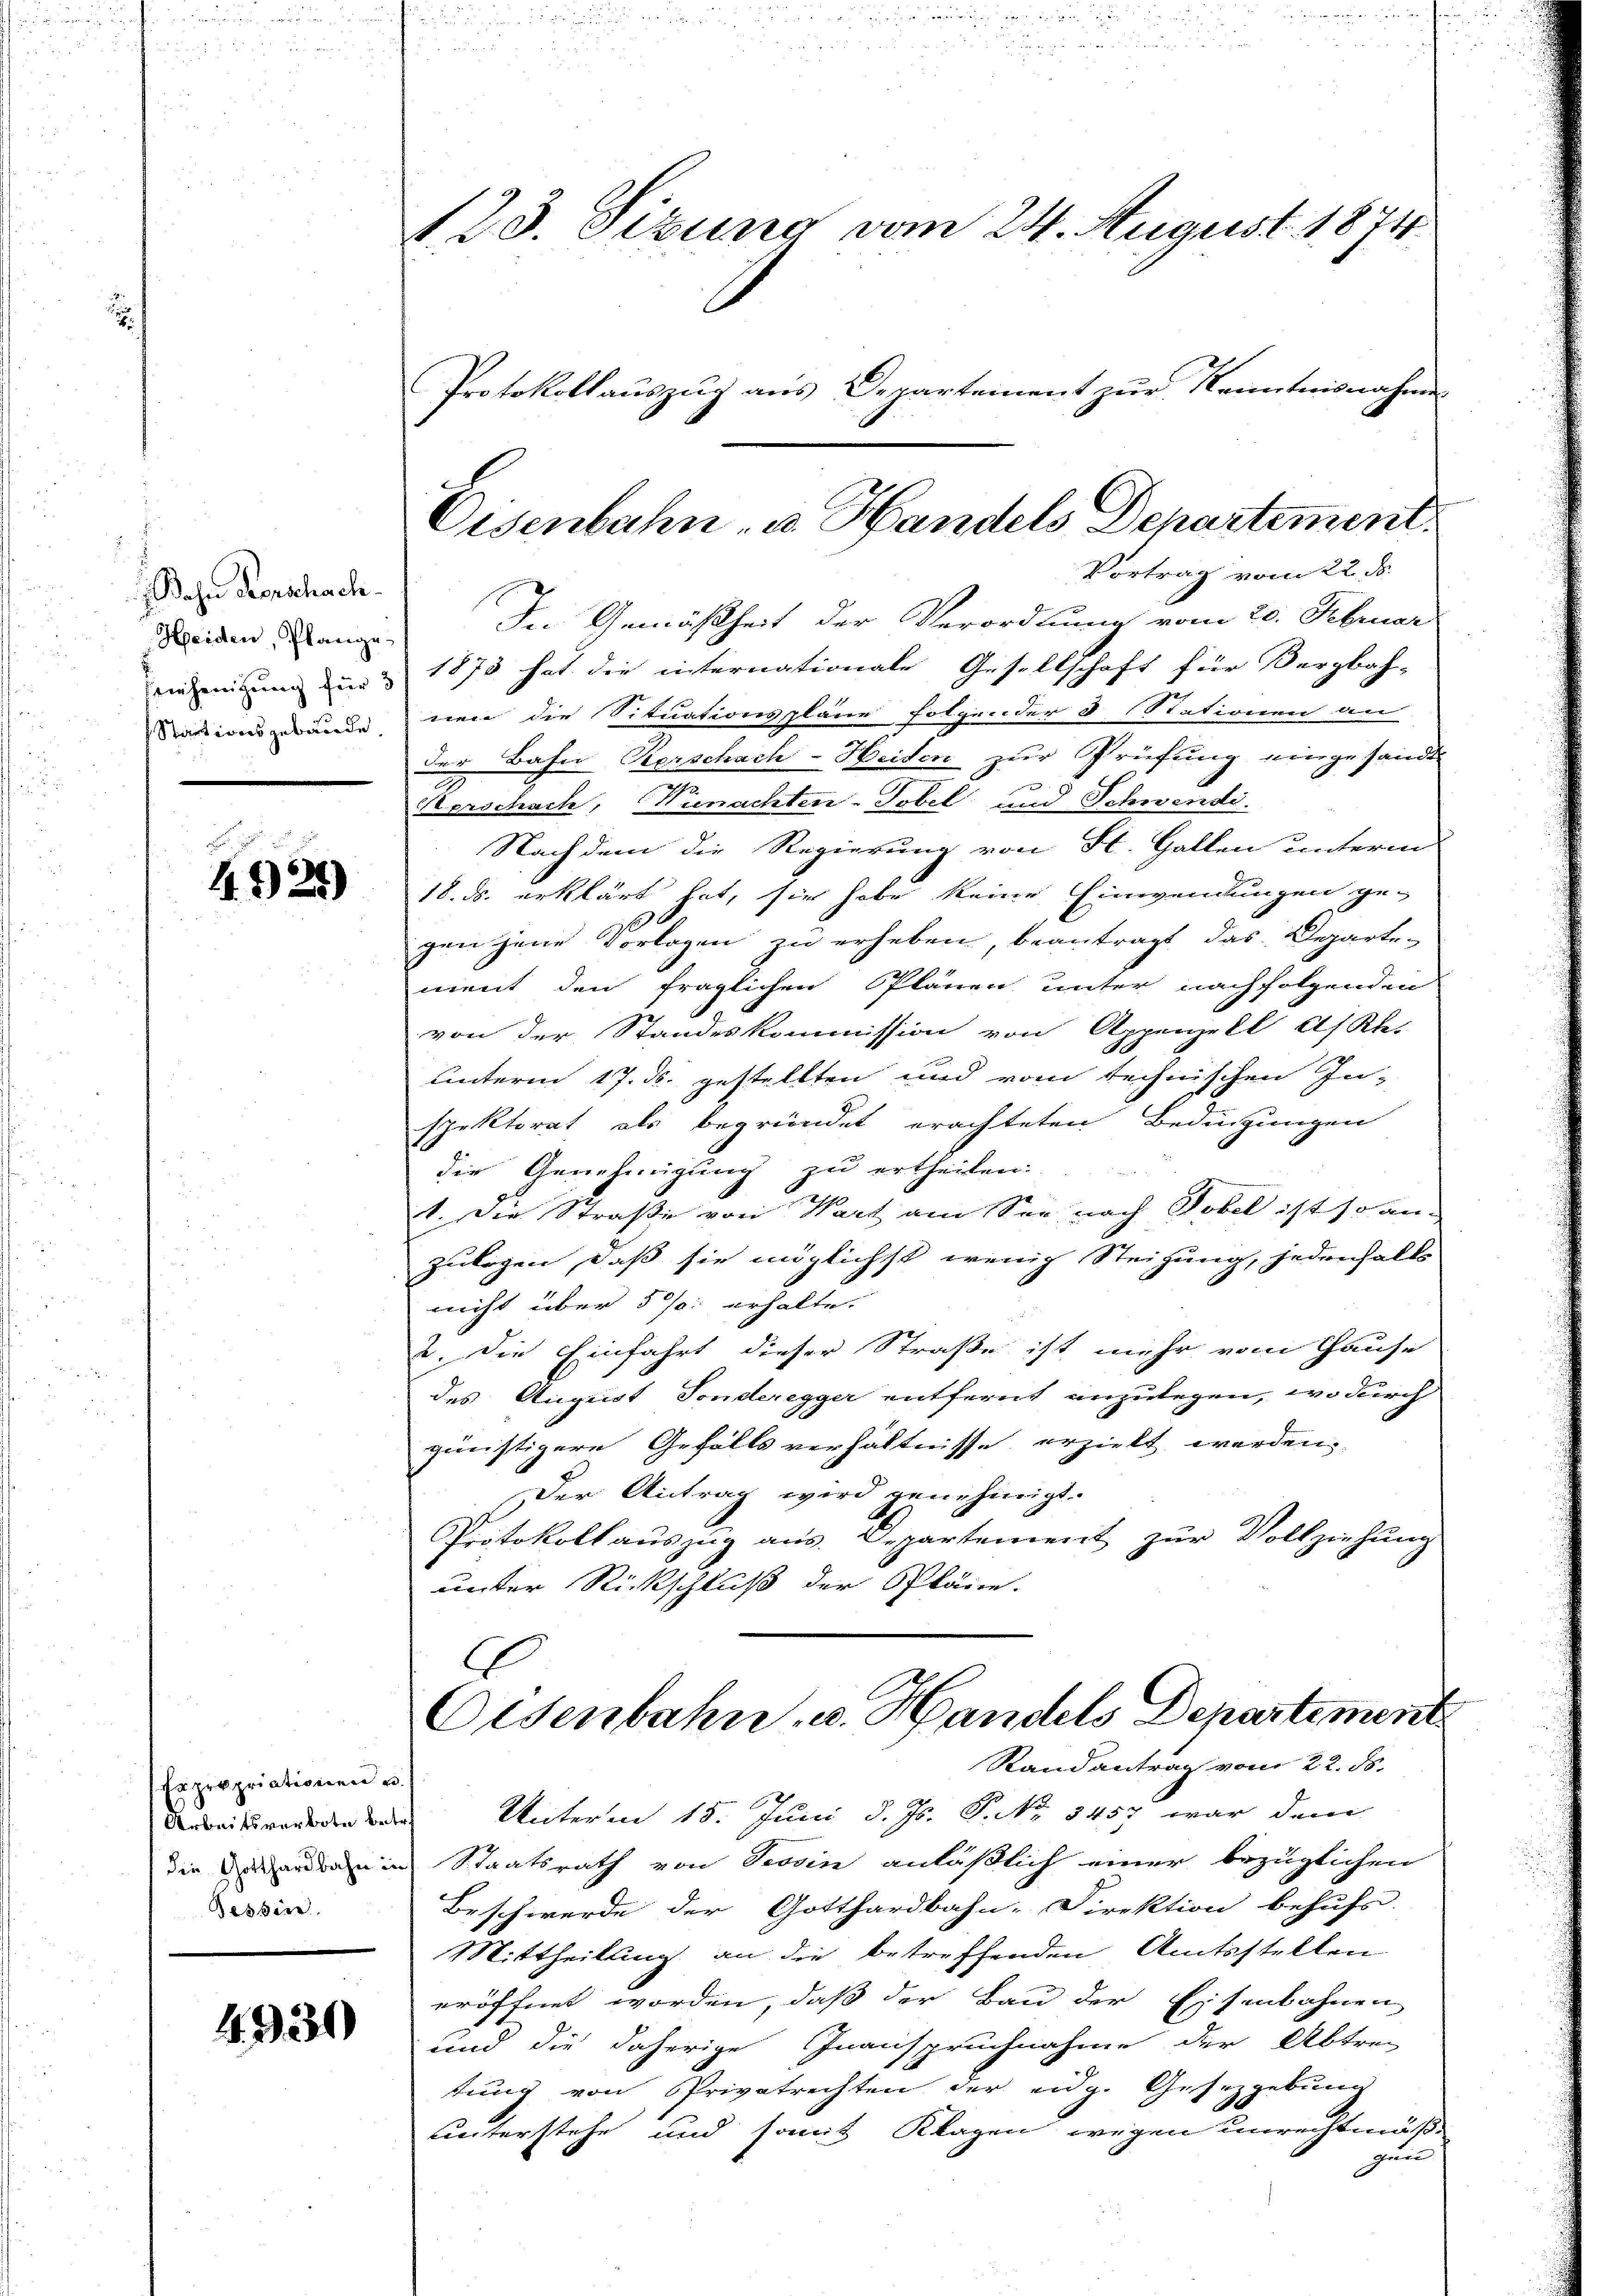
Bahn denschach.
Heiden, Plange
Feinhengung für 3
Startionsgebäude,

c
4925)

Expropriationen u.
Arbeitsverbote betre
die Gotthardbahn in
Tessin.

4. 330)

123. Sizung vom 24. August 1874.
Protokollauszug aus Departement zur Kenntnisnahme

Eisenbahn u. Handels Departement.

Vortrag vom 22. ds.
In Gemäßheit der Verordnung vom 20. Februar
1873 hat die internationale Gesellschaft für Vergbah-
nen die Situationspläne folgender 3 Stationen der
der Bahn Kerschach-Heiden zur Prüfung eingesandt.
n
Verschach, Wienachten-Tobel und Schwendi.
Nachdem die Regierung von St. Gallen unterm
18. ds. erklärt hat, sie habe keine Einwendungen ge-
gen jene Vorlagen zu erheben, beantragt das Departe-
ment den fraglichen Plänen unter nachfolgenden
von der Standeskommission von Appenzell Af Klei
Unterm 17. ds. gestellten und vom technischen In-
spektorat als begründet erachteten Bedingungen
die Genehmigung zu ertheilen:
1. Die Straße von Wart am See, nach Tobel ist so an-
Zulagen, daß sie möglichst wenig Steigung, jedenhalts
richt über 5 % erhalte.
2. Die Einfahrt dieser Straße ist mehr vom Hause
des August Fonderegger entfernt anzulegen, wo durch
günstigere Gefällsverhältnisse erzielt werden,
Der Antrag wird genehmigt.
Protokollauszug aus. Departement zur Vollziehung
unter Rückschluß der Pläne.

Osenbahn u. Handels Departement
Randantrag vom 22. ds.

Unterm 15. Juni d. Js. P. No 1457 war dem
Staatsrath von Tessin anläßlich einer bezüglichen
Beschwerde der Gotthardbahn-Direktion behufs
Mittheilung an die betreffenden Amtsstellen
eröffnet worden, daß der Bau der Eisenbahnen
und die daherige Inanspruchnahme der Abtrag
tŭng von Privatrechten der eidg. Gesetzgebung
unterstehe und somit Klagen wegen unrechtmäßgun